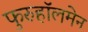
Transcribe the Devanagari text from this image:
फुरुहॉलमेन